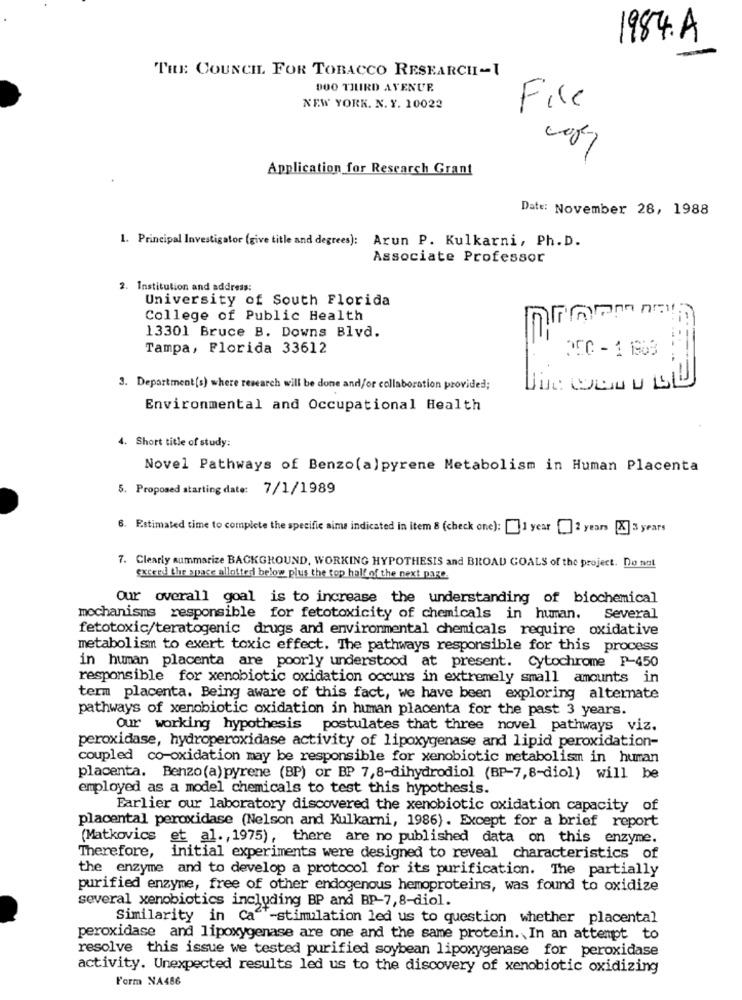
1984.A
THE COUNCIL FOR TOBACCO RESEARCH-I
DOO THIRD AVENUE
NEW YORK. N. Y. 10022
File
Application for Research Grant
Date: November 28, 1988
1. Principal Investigator (give title and degrees): Arun P. Kulkarni, Ph.D.
Associate Professor
Institution and address:
University of South Florida
College of Public Health
13301 Bruce B. Downs Blvd.
Tampa, Florida 33612
JEC - 1 1903
3. Department(s) where research will be done and/or collaboration provided;
Environmental and Occupational Health
1. Short title of study:
Novel Pathways of Benzo(a) pyrene Metabolism in Human Placenta
5. Proposed starting date: 7/1/1989
. Estimated time to complete the specific aime indicated in item 8 (check one): 1 year [2 years [X] 3 years
7. Clearly summarize BACKGROUND, WORKING HYPOTHESIS and BROAD GOALS of the project. Do not
exceed the space allotted below plus the top half of the next page.
Our overall goal is to increase the understanding of biochemical
mechanisms responsible for fetotoxicity of chemicals in human.
Several
fetotoxic/teratogenic drugs and environmental chemicals require oxidative
metabolism to exert toxic effect. The pathways responsible for this process
in human placenta are poorly understood at present. Cytochrome P-450
responsible for xenobiotic oxidation occurs in extremely small amounts in
term placenta. Being aware of this fact, we have been exploring alternate
pathways of xenobiotic oxidation in human placenta for the past 3 years.
Our working hypothesis postulates that three novel pathways viz.
peroxidase, hydroperoxidase activity of lipoxygenase and lipid peroxidation-
coupled co-oxidation may be responsible for xenobiotic metabolism in human
placenta. Benzo(a) pyrene (BP) or BP 7,8-dihydrodiol (BP-7,8-diol) will be
employed as a model chemicals to test this hypothesis.
Earlier our laboratory discovered the xenobiotic oxidation capacity of
placental peroxidase (Nelson and Kulkarni, 1986). Except for a brief report
(Matkovics et al. , 1975), there are no published data on this enzyme.
Therefore, initial experiments were designed to reveal characteristics of
the enzyme and to develop a protocol for its purification. The partially
purified enzyme, free of other endogenous hemoproteins, was found to oxidize
several xenobiotics including BP and BP-7,8-diol.
Similarity in Ca""-stimulation led us to question whether placental
peroxidase and lipoxygenase are one and the same protein. In an attempt to
resolve this issue we tested purified soybean lipoxygenase for peroxidase
activity. Unexpected results led us to the discovery of xenobiotic oxidizing
Form NA486